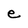
Character: e